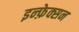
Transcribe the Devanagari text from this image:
इन्फ़ेक्सन